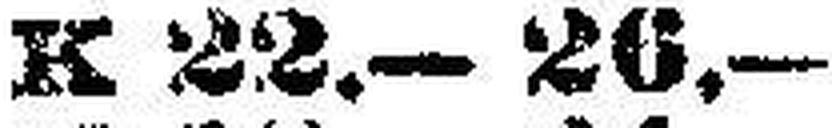
K 22.—26.—